Civil Veterinary Department Bihar & Orissa reports 1922-29 - 1922-1929
Year: 1922
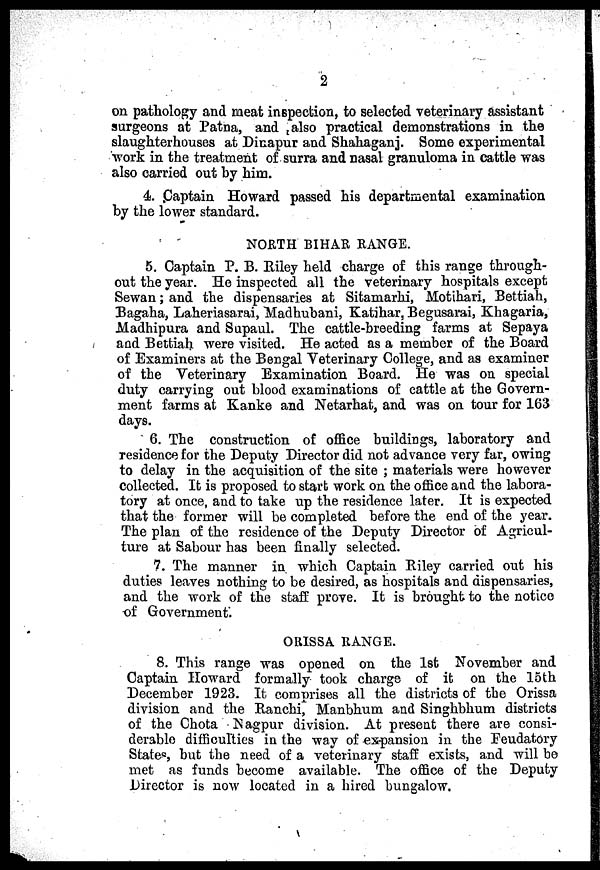
2
on pathology and meat inspection, to selected veterinary assistant
surgeons at Patna, and t also practical demonstrations in the
slaughterhouses at Dinapur and Shahaganj. Some experimental
work in the treatment of surra and nasal granuloma in cattle was
also carried out hy him.
4. Captain Howard passed his departmental examination
by the lower standard.
NORTH BIHAR RANGE.
5. Captain P. B. Riley held charge of this range through-
out the year. He inspected all the veterinary hospitals except
Sewan; and the dispensaries at Sitamarhi, Motihari, Bettiah,
Bagaha, Laheriasarai, Madhubani, Katihar, Begusarai, Khagaria,
Madhipura and Supaul. The cattle-breeding farms at Sepaya
and Bettiah were visited. He acted as a member of the Board
of Examiners at the Bengal Veterinary College, and as examiner
of the Veterinary Examination Board. He was on special
duty carrying out blood examinations of cattle at the Govern-
ment farms at Kanke and Netarhat, and was on tour for 163
days.
6. The construction of office buildings, laboratory and
residence for the Deputy Director did not advance very far, owing
to delay in the acquisition of the site ; materials were however
collected. It is proposed to start work on the office and the labora-
tory at once, and to take up the residence later. It is expected
that the former will be completed before the end of the year.
The plan of the residence of the Deputy Director of Agricul-
ture at Sabour has been finally selected.
7. The manner in which Captain Riley carried out his
duties leaves nothing to be desired, as hospitals and dispensaries,
and the work of the staff prove. It is brought to the notice
of Government*.
ORISSA RANGE.
8. This range was opened on the 1st November and
Captain Howard formally took charge of it on the 15th
December 1923. It comprises all the districts of tbe Orissa
division and the Ranchi, Manbhum and Singhbhum districts
of the Chota Nagpur division. At present there are consi-
derable difficulties in the way of ex-pansion in the Feudatory
State* 5 , but the need of a veterinary staff exists, and will be
met as funds become available. The office of the Deputy
Director is now located in a hired bungalow.